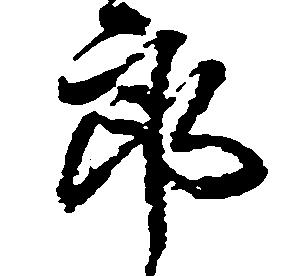
郎